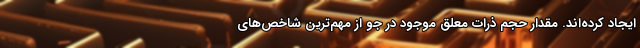
ایجاد کرده‌اند. مقدار حجم ذرات معلق موجود در جو از مهم‌ترین شاخص‌های